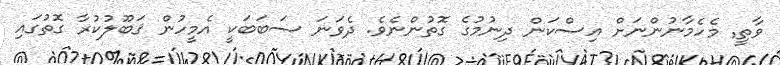
ވާތީ